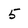
Character: 5